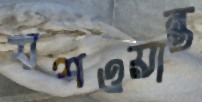
যশওয়ান্ত